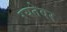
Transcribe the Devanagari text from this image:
रयतेवर